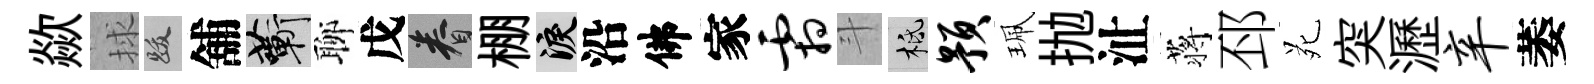
歘捄跋舖蔪聊戊眷棚泪沿佛家霜斗柢预珮抛沚蒋邳苑突瀝辛萎